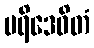
ပရိဒေဝိတံ